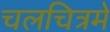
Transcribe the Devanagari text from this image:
चलचित्रमे